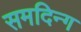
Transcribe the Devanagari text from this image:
समदिन्ग